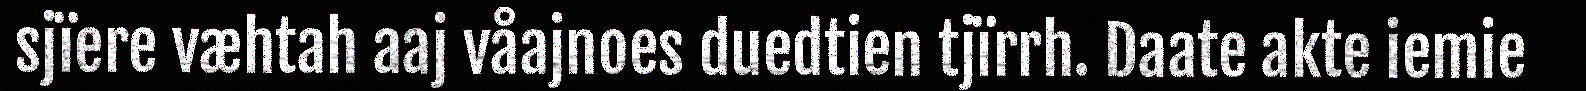
sjïere væhtah aaj våajnoes duedtien tjïrrh. Daate akte iemie